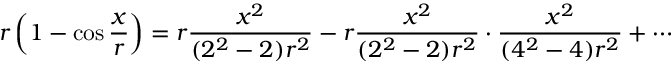
r \left( 1 - \cos { \frac { x } { r } } \right) = r { \frac { x ^ { 2 } } { ( 2 ^ { 2 } - 2 ) r ^ { 2 } } } - r { \frac { x ^ { 2 } } { ( 2 ^ { 2 } - 2 ) r ^ { 2 } } } \cdot { \frac { x ^ { 2 } } { ( 4 ^ { 2 } - 4 ) r ^ { 2 } } } + \cdots